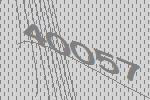
40057